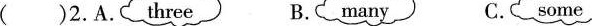
( )2.A. three B.many C.some